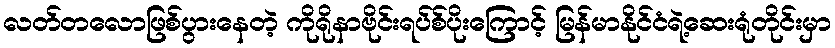
လတ်တလောဖြစ်ပွားနေတဲ့ ကိုရိုနာဗိုင်းရပ်စ်ပိုးကြောင့် မြန်မာနိုင်ငံရဲ့ဆေးရုံတိုင်းမှာ